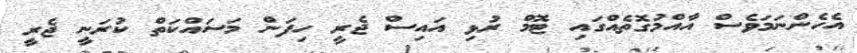
އެހެންނަމަވެސް އާއްމުގޮތެއްގައި ޓޮމް ރުޅި އައިސް ޖެރީ ހިފަން މަސައްކަތް ކުރަނީ ޖެރީ